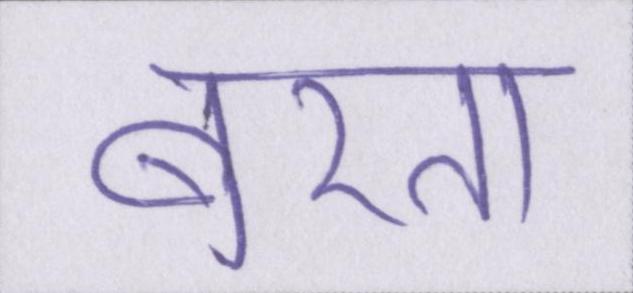
बरता